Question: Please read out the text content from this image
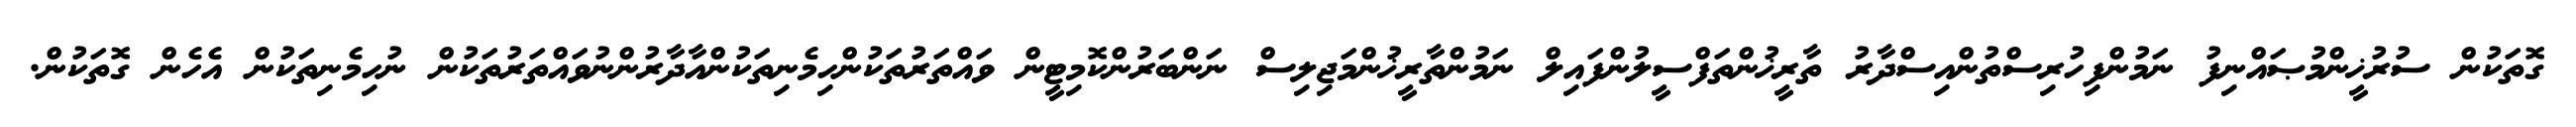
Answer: ގޮތަކުން ސުރުޚީންމުޞައްނިފު ނަމުންފިހުރިސްތުންއިސްދާރު ތާރީޚުންތަފްސީލުންފައިލް ނަމުންތާރީޚުންމަޖިލިސް ނަންބަރުންކޮމިޓީން ވައްތަރުތަކުންހިމެނިތަކުންއާދާރުންނުވައްތަރުތަކުން ނުހިމެނިތަކުން އެހެން ގޮތަކުން.